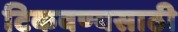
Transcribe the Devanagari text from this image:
टिकवण्यसाठी